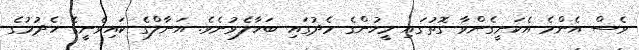
ވެސް އެންމެ އެކަށީގެންވާ ގޮތުގައި މީހުންގެ މެދުގައި ބަހާލެވުނެވެ. އަނާލްގެ ކައިވެނީގެ ހެދުމުގެ